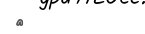
٩